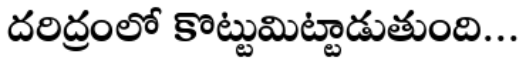
దరిద్రంలో కొట్టుమిట్టాడుతుంది...